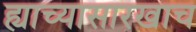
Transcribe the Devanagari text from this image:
ह्याच्यासारखाच